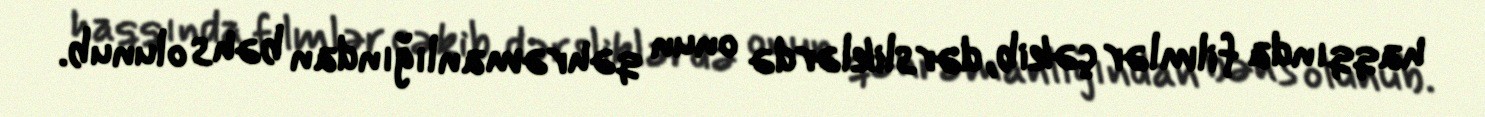
haqqında filmlər çəkib, dərsliklərdə onun qəhrəmanlığından bəhs olunub.